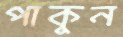
পাকুন